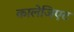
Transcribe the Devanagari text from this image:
कालेजिएट